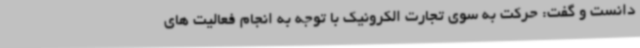
دانست و گفت: حرکت به سوی تجارت الکرونیک با توجه به انجام فعالیت های